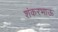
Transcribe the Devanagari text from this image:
शंकरभाऊ